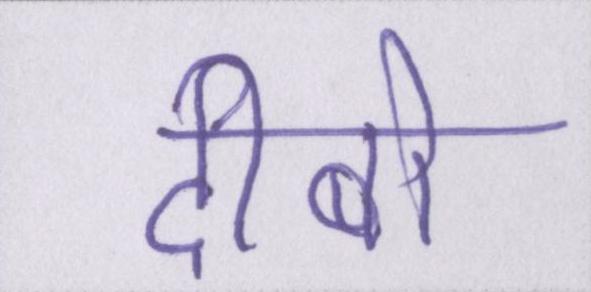
दीबो